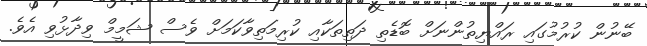
ބޭނުން ކުރުމުގައި ރައްޔިތުންނަށް ބޮޑެތި ދަތިތަކާއި ކުރިމަތިވާކަމަށް ވެސް ޝަމީމް ވިދާޅުވި އެވެ.